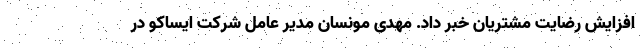
افزایش رضایت مشتریان خبر داد. مهدی مونسان مدیر عامل شرکت ایساکو در